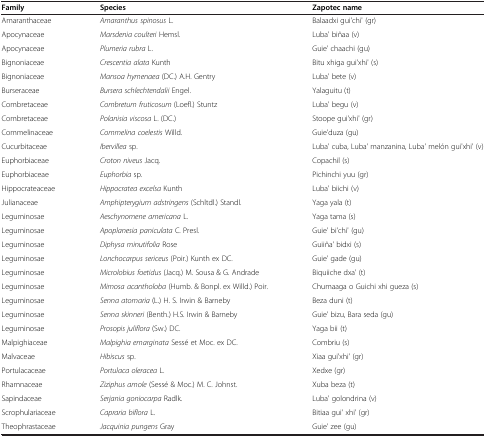
<table><thead><tr><td><b>Family</b></td><td><b>Species</b></td><td><b>Zapotec name</b></td></tr></thead><tbody><tr><td>Amaranthaceae</td><td><i>Amaranthus spinosus</i> L.</td><td>Balaadxi gui&#x27;chi&#x27; (gr)</td></tr><tr><td>Apocynaceae</td><td><i>Marsdenia coulteri</i> Hemsl.</td><td>Luba&#x27; biñaa (v)</td></tr><tr><td>Apocynaceae</td><td><i>Plumeria rubra</i> L.</td><td>Guie&#x27; chaachi (gu)</td></tr><tr><td>Bignoniaceae</td><td><i>Crescentia alata</i> Kunth</td><td>Bitu xhiga gui&#x27;xhi&#x27; (s)</td></tr><tr><td>Bignoniaceae</td><td><i>Mansoa hymenaea</i> (DC.) A.H. Gentry</td><td>Luba&#x27; bete (v)</td></tr><tr><td>Burseraceae</td><td><i>Bursera schlechtendalii</i> Engel.</td><td>Yalaguitu (t)</td></tr><tr><td>Combretaceae</td><td><i>Combretum fruticosum</i> (Loefl.) Stuntz</td><td>Luba&#x27; begu (v)</td></tr><tr><td>Combretaceae</td><td><i>Polanisia viscosa</i> L. (DC.)</td><td>Stoope gui&#x27;xhi&#x27; (gr)</td></tr><tr><td>Commelinaceae</td><td><i>Commelina coelestis</i> Willd.</td><td>Guie&#x27;duza (gu)</td></tr><tr><td>Cucurbitaceae</td><td><i>Ibervillea</i> sp.</td><td>Luba&#x27; cuba, Luba&#x27; manzanina, Luba&#x27; melón gui&#x27;xhi&#x27; (v)</td></tr><tr><td>Euphorbiaceae</td><td><i>Croton niveus</i> Jacq.</td><td>Copachil (s)</td></tr><tr><td>Euphorbiaceae</td><td><i>Euphorbia</i> sp.</td><td>Pichinchi yuu (gr)</td></tr><tr><td>Hippocrateaceae</td><td><i>Hippocratea excelsa</i> Kunth</td><td>Luba&#x27; biichi (v)</td></tr><tr><td>Julianaceae</td><td><i>Amphipterygium adstringens</i> (Schltdl.) Standl.</td><td>Yaga yala (t)</td></tr><tr><td>Leguminosae</td><td><i>Aeschynomene americana</i> L.</td><td>Yaga tama (s)</td></tr><tr><td>Leguminosae</td><td><i>Apoplanesia paniculata</i> C. Presl.</td><td>Guie&#x27; bi&#x27;chi&#x27; (gu)</td></tr><tr><td>Leguminosae</td><td><i>Diphysa minutifolia</i> Rose</td><td>Guiiña&#x27; bidxi (s)</td></tr><tr><td>Leguminosae</td><td><i>Lonchocarpus sericeus</i> (Poir.) Kunth ex DC.</td><td>Guie&#x27; gade (gu)</td></tr><tr><td>Leguminosae</td><td><i>Microlobius foetidus</i> (Jacq.) M. Sousa &amp; G. Andrade</td><td>Biquiiche dxa&#x27; (t)</td></tr><tr><td>Leguminosae</td><td><i>Mimosa acantholoba</i> (Humb. &amp; Bonpl. ex Willd.) Poir.</td><td>Chumaaga o Guichi xhi gueza (s)</td></tr><tr><td>Leguminosae</td><td><i>Senna atomaria</i> (L.) H. S. Irwin &amp; Barneby</td><td>Beza duni (t)</td></tr><tr><td>Leguminosae</td><td><i>Senna skinneri</i> (Benth.) H.S. Irwin &amp; Barneby</td><td>Guie&#x27; bizu, Bara seda (gu)</td></tr><tr><td>Leguminosae</td><td><i>Prosopis juliflora</i> (Sw.) DC.</td><td>Yaga bii (t)</td></tr><tr><td>Malpighiaceae</td><td><i>Malpighia emarginata</i> Sessé et Moc. ex DC.</td><td>Combriu (s)</td></tr><tr><td>Malvaceae</td><td><i>Hibiscus</i> sp.</td><td>Xiaa gui&#x27;xhi&#x27; (gr)</td></tr><tr><td>Portulacaceae</td><td><i>Portulaca oleracea</i> L.</td><td>Xedxe (gr)</td></tr><tr><td>Rhamnaceae</td><td><i>Ziziphus amole</i> (Sessé &amp; Moc.) M. C. Johnst.</td><td>Xuba beza (t)</td></tr><tr><td>Sapindaceae</td><td><i>Serjania goniocarpa</i> Radlk.</td><td>Luba&#x27; golondrina (v)</td></tr><tr><td>Scrophulariaceae</td><td><i>Capraria biflora</i> L.</td><td>Bitiaa gui&#x27; xhi&#x27; (gr)</td></tr><tr><td>Theophrastaceae</td><td><i>Jacquinia pungens</i> Gray</td><td>Guie&#x27; zee (gu)</td></tr></tbody></table>